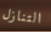
التنازل